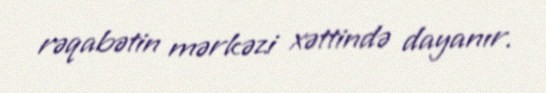
rəqabətin mərkəzi xəttində dayanır.